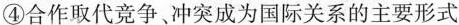
④合作取代竞争、冲突成为国际关系的主要形式